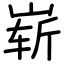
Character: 崭